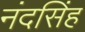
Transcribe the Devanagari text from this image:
नंदसिंह